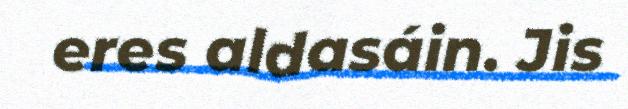
eres aldasáin. Jis